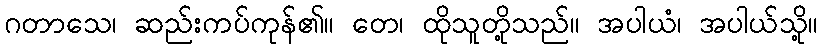
ဂတာသေ၊ ဆည်းကပ်ကုန်၏။ တေ၊ ထိုသူတို့သည်။ အပါယံ၊ အပါယ်သို့။